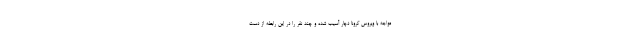
مواجه با ویروس کرونا دچار آسیب شده و چند نفر را در این رابطه از دست